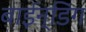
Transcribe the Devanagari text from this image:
बाईन्डिंग